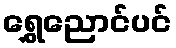
ရွှေညောင်ပင်